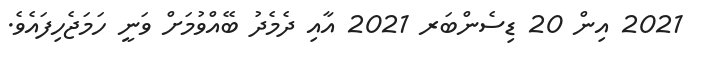
2021 އިން 20 ޑިސެންބަރ 2021 އާއި ދެމެދު ބޭއްވުމަށް ވަނީ ހަމަޖެހިފައެވެ.